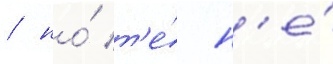
/ но́ т'е́ н'е́